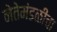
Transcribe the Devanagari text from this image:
नेतेमंडळींचा